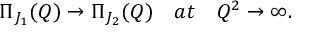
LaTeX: \Pi _ { J _ { 1 } } ( Q ) \rightarrow \Pi _ { J _ { 2 } } ( Q ) ~ ~ ~ a t ~ ~ ~ Q ^ { 2 } \rightarrow \infty .